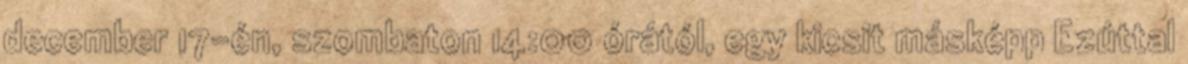
december 17-én, szombaton 14:00 órától, egy kicsit másképp Ezúttal